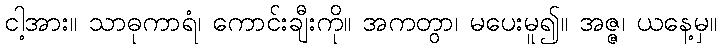
ငါ့အား။ သာဓုကာရံ၊ ကောင်းချီးကို။ အကတွာ၊ မပေးမူ၍။ အဇ္ဇ၊ ယနေ့မှ။